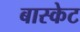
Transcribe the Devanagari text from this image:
बास्‍केट